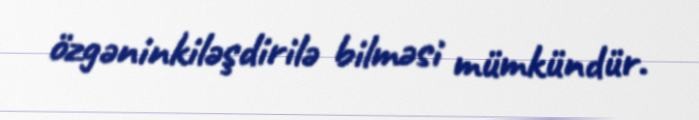
özgəninkiləşdirilə bilməsi mümkündür.